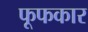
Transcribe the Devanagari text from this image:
फूफकार